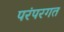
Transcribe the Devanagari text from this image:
परंपरगत